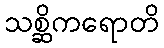
သစ္ဆိကရောတိ